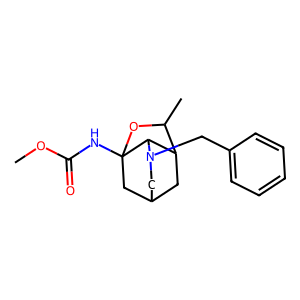
SMILES: COC(=O)NC12CC3CC(C(C)O1)C2N(Cc1ccccc1)C3
Inhibits HIV replication: No